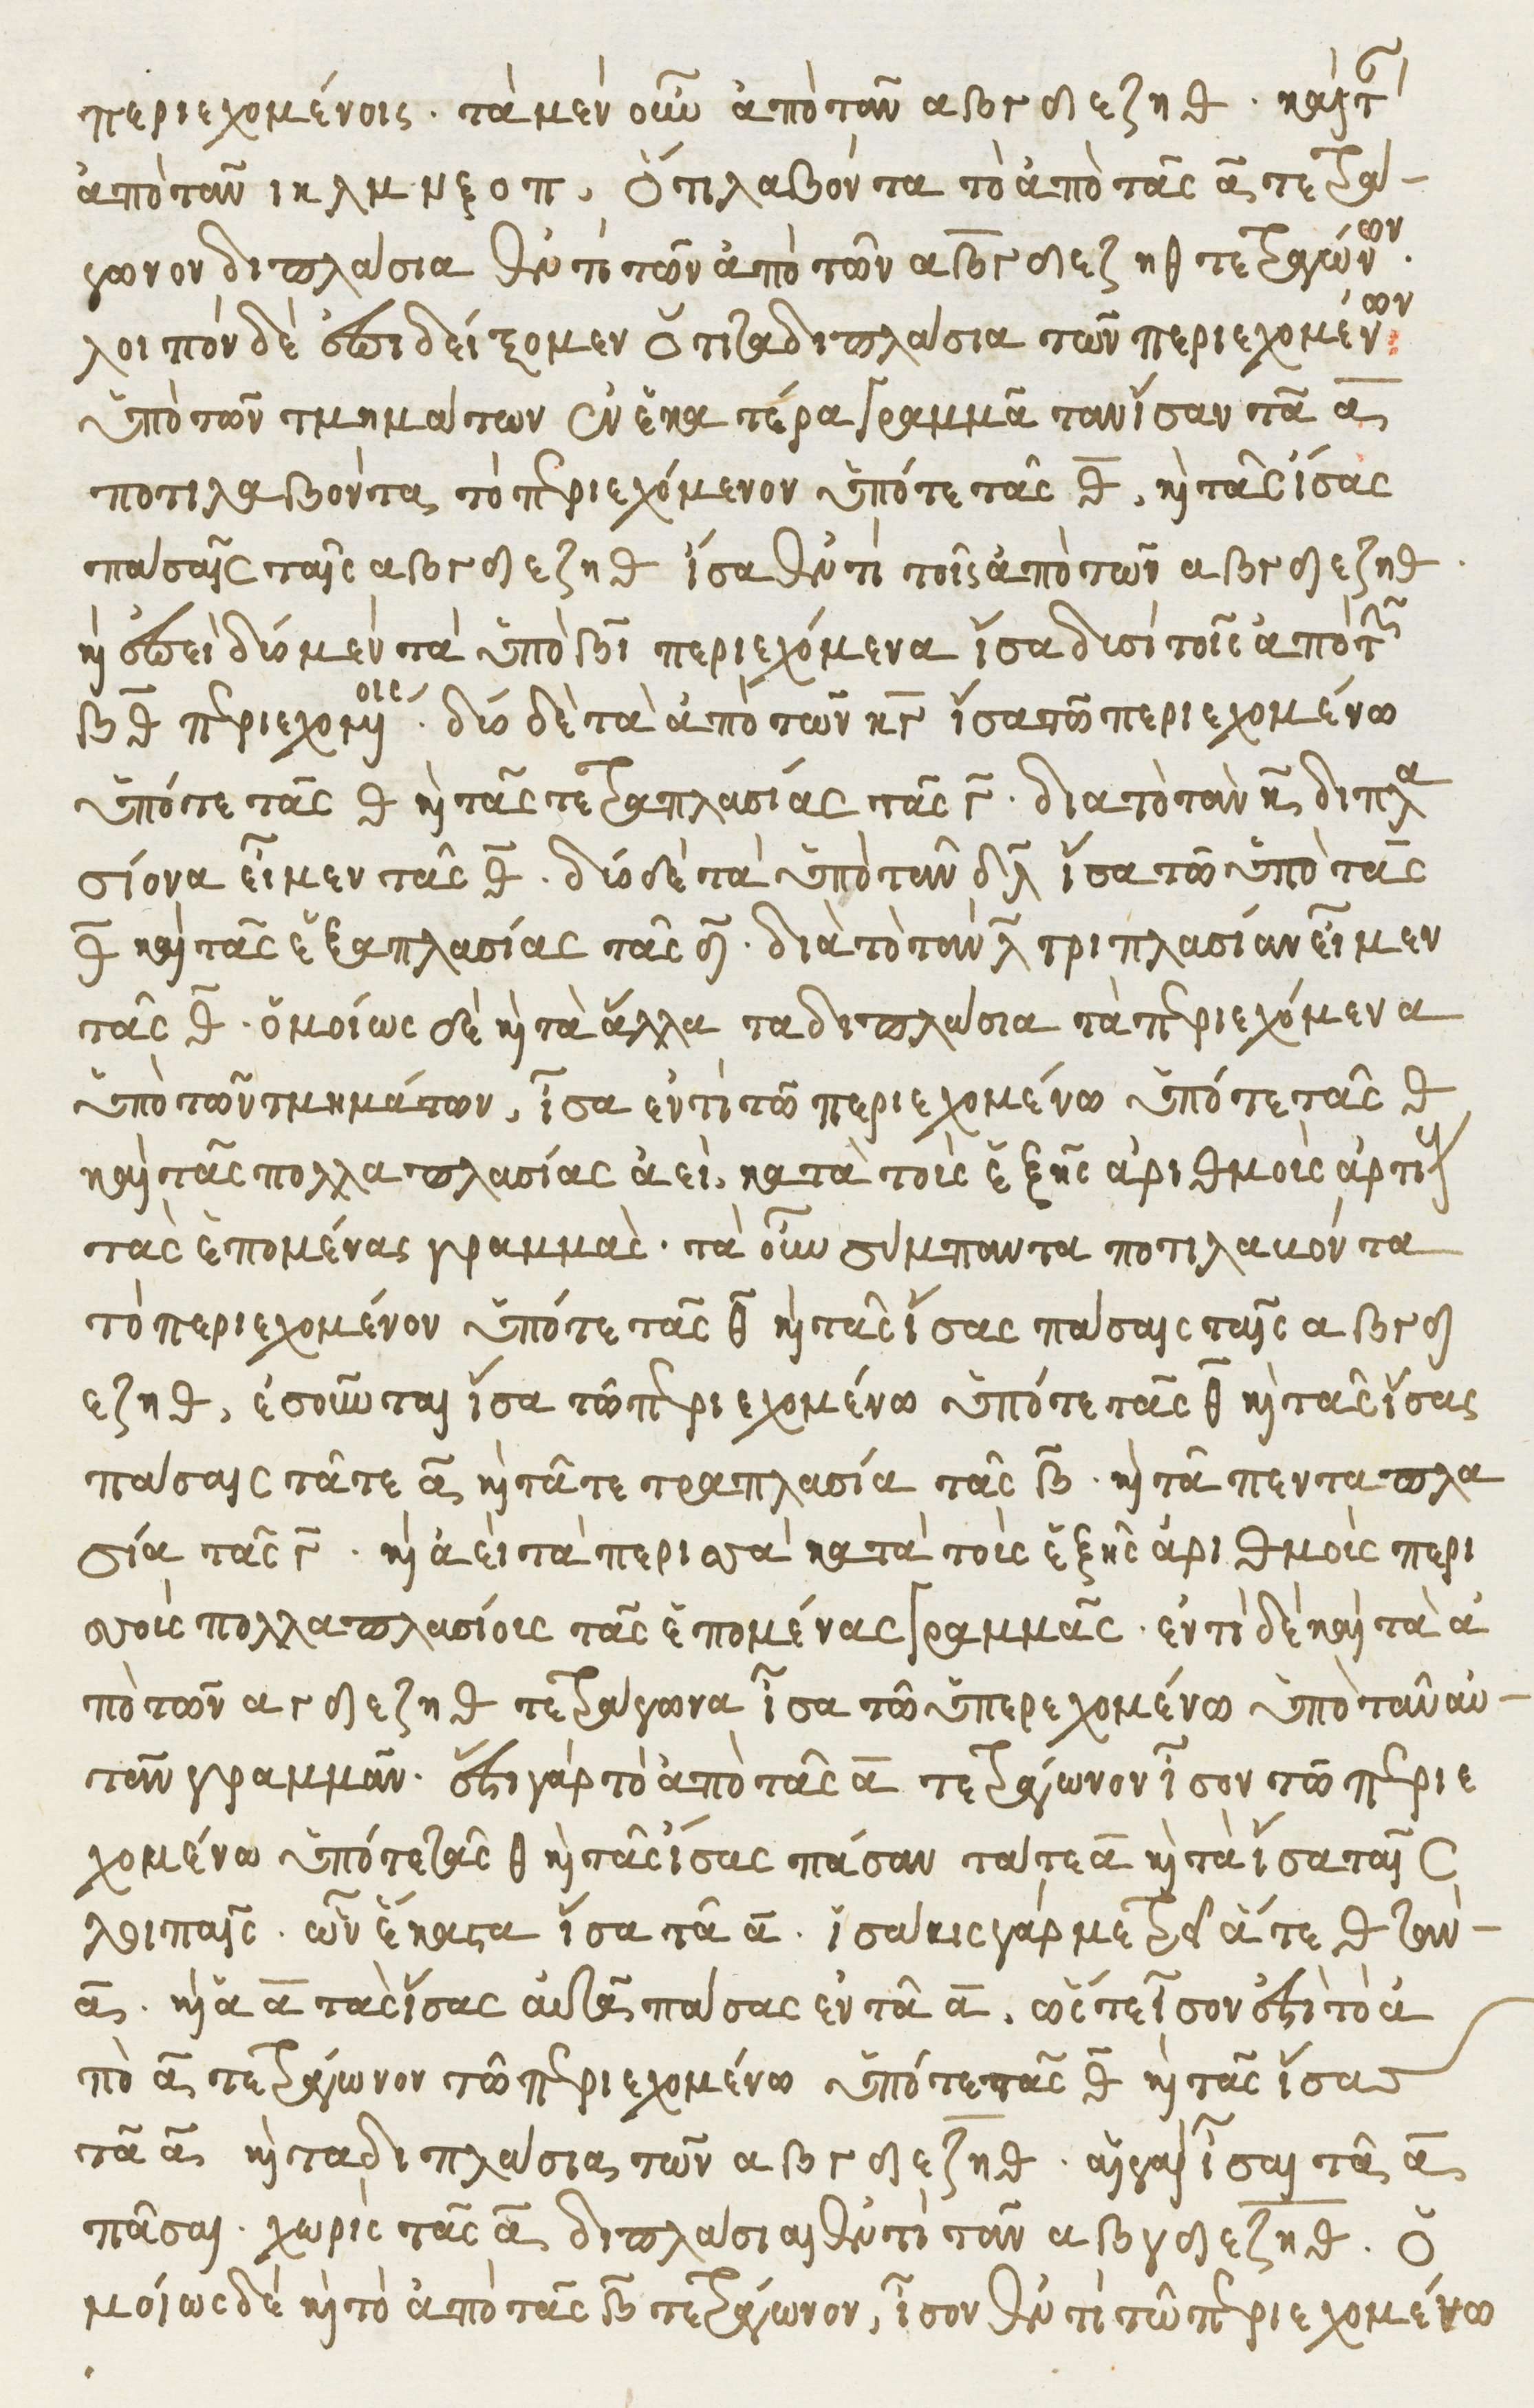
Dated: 1541–1541